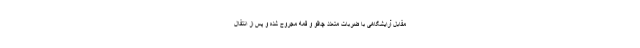
مقابل آرایشگاهی با ضربات متعدد چاقو و قمه مجروح شده و پس از انتقال